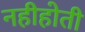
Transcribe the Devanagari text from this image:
नहीहोती